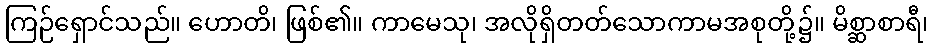
ကြဉ်ရှောင်သည်။ ဟောတိ၊ ဖြစ်၏။ ကာမေသု၊ အလိုရှိတတ်သောကာမအစုတို့၌။ မိစ္ဆာစာရီ၊